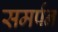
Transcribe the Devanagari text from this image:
समर्पन